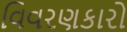
વિવરણકારો